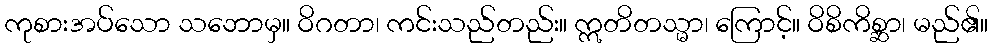
ကုစားအပ်သော သဘောမှ။ ဝိဂတာ၊ ကင်းသည်တည်း။ ဣတိတသ္မာ၊ ကြောင့်။ ဝိစိကိစ္ဆာ၊ မည်၏။